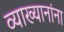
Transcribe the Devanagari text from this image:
व्याख्यानांना